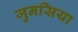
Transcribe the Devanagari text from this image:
जुनसिया